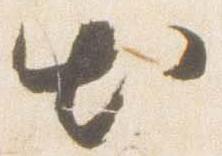
出